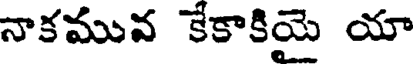
నాకమువ కేకాకియై యా